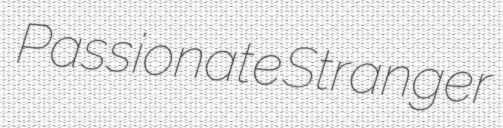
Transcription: Passionate Stranger